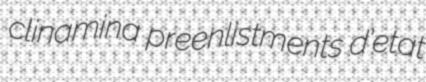
clinamina preenlistments d'etat